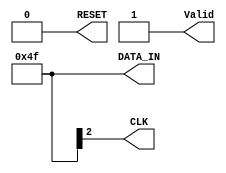

module tester
  (
   output reg [7:0] DATA_IN,
   output reg 	    CLK,
   output reg 	    RESET,
	 output reg				Valid
   );

   initial
     begin
	CLK = 1;
	Valid = 0;
	RESET = 0;
	#3 RESET = 1;
	#9 RESET = 0;
	#16 DATA_IN = 8'b00100101;
	#16 DATA_IN = 8'b00101000;
	Valid = 1'b1;
	#16 DATA_IN = 8'b11111001;
	#16 DATA_IN = 8'b01001111;
	#16 DATA_IN = 8'b10100110;
	#16 DATA_IN = 8'b00111001;
	#16 DATA_IN = 8'b10101000;
	#16 DATA_IN = 8'b11111001;
	#16 DATA_IN = 8'b01001111;
     end

   always
     begin
	#1 CLK = ~CLK;
     end

endmodule